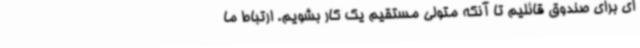
ای برای صندوق قائلیم تا آنکه متولی مستقیم یک کار بشویم. ارتباط ما